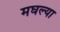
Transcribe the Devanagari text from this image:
मघल्या